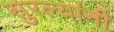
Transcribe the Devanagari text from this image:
सुरल्यांनी